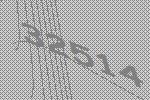
32514